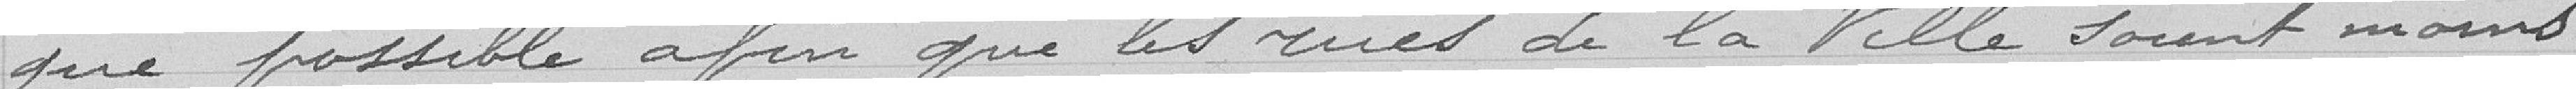
que possible afin que les rues de la ville soient moins